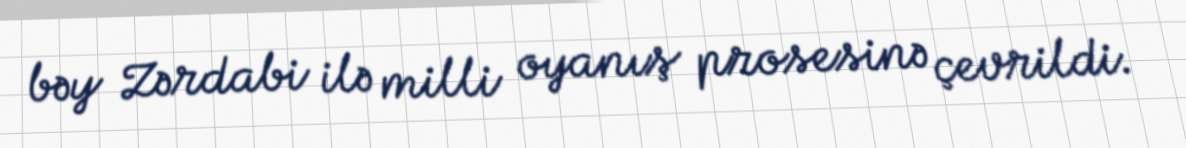
bəy Zərdabi ilə milli oyanış prosesinə çevrildi.